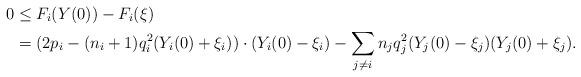
LaTeX: \begin{align*} 0 &\leq F_i(Y(0)) -F_i(\xi) \\ & = (2p_i-(n_i+1)q_i^2(Y_i(0)+\xi_i)) \cdot (Y_i(0)-\xi_i) - \sum_{j \neq i} n_j q_j^2 (Y_j(0)-\xi_j)(Y_j(0) + \xi_j).\end{align*}